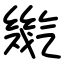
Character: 㡮